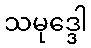
သမုဒ္ဒေါ